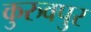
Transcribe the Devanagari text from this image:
कुरुवपुर